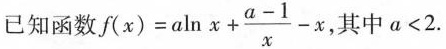
已知函数 $$f ( x ) = a \ln { x } + \frac { a - 1 } { x } - x$$，其中 $$a < 2$$ .